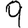
Digit: 9